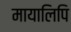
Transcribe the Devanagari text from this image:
मायालिपि